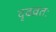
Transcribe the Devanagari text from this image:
दृढव्रतः